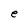
Character: e